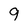
Character: 9